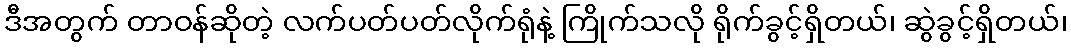
ဒီအတွက် တာဝန်ဆိုတဲ့ လက်ပတ်ပတ်လိုက်ရုံနဲ့ ကြိုက်သလို ရိုက်ခွင့်ရှိတယ်၊ ဆွဲခွင့်ရှိတယ်၊